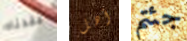
فقدناه أهل جئتم